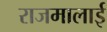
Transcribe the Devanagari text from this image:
राजमालाई